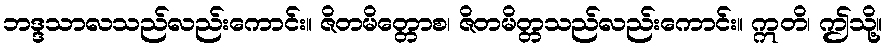
ဘဒ္ဒသာလသည်လည်းကောင်း။ ဇိတမိတ္တောစ၊ ဇိတမိတ္တသည်လည်းကောင်း။ ဣတိ၊ ဤသို့။